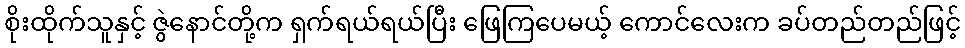
စိုးထိုက်သူနှင့် ဇွဲနောင်တို့က ရှက်ရယ်ရယ်ပြီး ဖြေကြပေမယ့် ကောင်လေးက ခပ်တည်တည်ဖြင့်